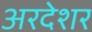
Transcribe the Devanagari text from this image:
अरदेशर